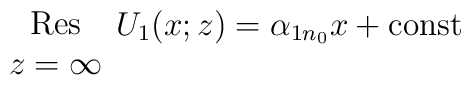
\begin{array}{c} \\ {\rm Res} \\ z=\infty \end{array} U_1 (x;z) =\alpha_{1n_0} x + {\rm const}